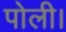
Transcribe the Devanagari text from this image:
पोली।